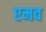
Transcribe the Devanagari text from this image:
एमव